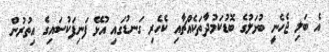
އެ ބަލި ޖެހެނީ ބުޅަލުގެ ބޮޑުކަމުދާތަކެއްޗާއި ކެހެރި ގަނޑުގައި އުޅޭ ފަނިފަކުސައިގެ އިތުރުން